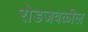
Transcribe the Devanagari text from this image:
रोडजवळील